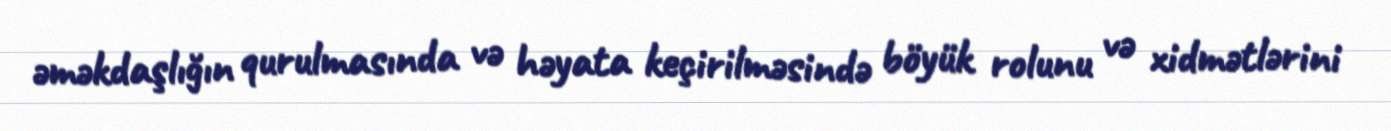
əməkdaşlığın qurulmasında və həyata keçirilməsində böyük rolunu və xidmətlərini